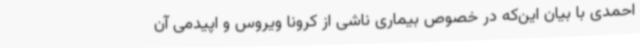
احمدی با بیان این‌که در خصوص بیماری ناشی از کرونا ویروس و اپیدمی آن